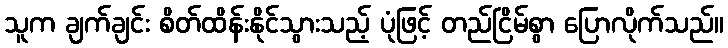
သူက ချက်ချင်း စိတ်ထိန်းနိုင်သွားသည့် ပုံဖြင့် တည်ငြိမ်စွာ ပြောလိုက်သည်။